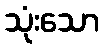
သုံးသော